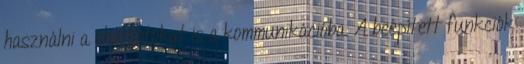
használni a chatbotokat is a kommunikációba. A beépített funkciók